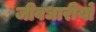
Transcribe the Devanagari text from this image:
जीवधारीयों